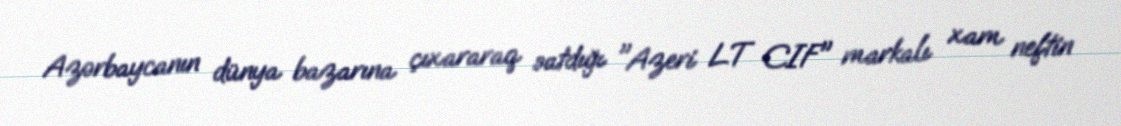
Azərbaycanın dünya bazarına çıxararaq satdığı "Azeri LT CIF" markalı xam neftin